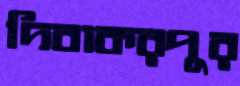
দিবাকরপুর